Leaving Certificate Examination (including Day School Certificate (Higher) General paper), 1938
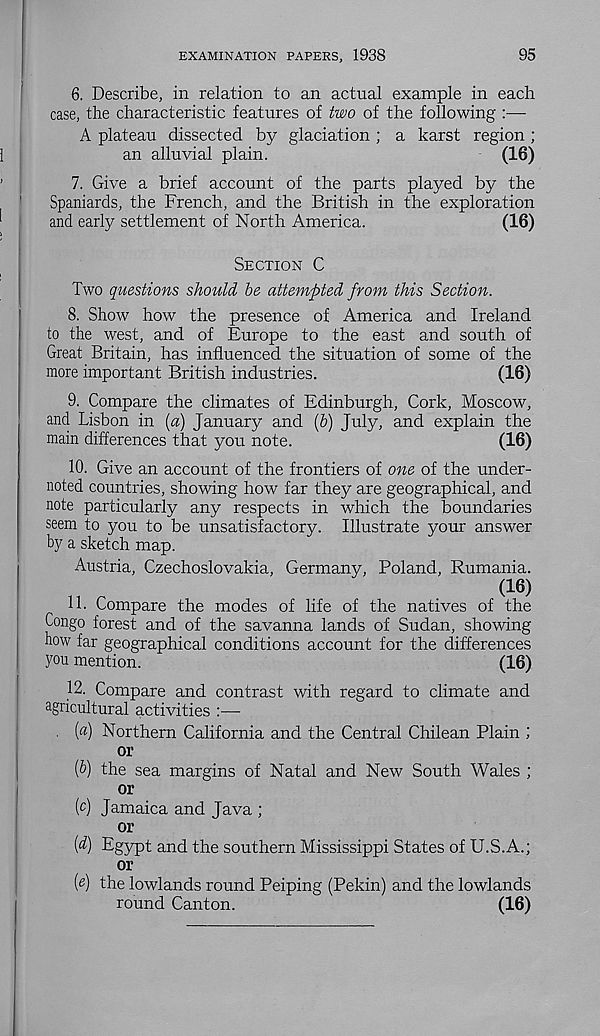
EXAMINATION PAPERS, 1938
95
6. Describe, in relation to an actual example in each
case, the characteristic features of two of the following :—
A plateau dissected by glaciation ; a karst region ;
an alluvial plain.
(16)
7. Give a brief account of the parts played by the
'
Spaniards, the French, and the British in the exploration
and early settlement of North America.
(16)
Section C
Two questions should be attempted from this Section.
8. Show how the presence of America and Ireland
to the west, and of Europe to the east and south of
Great Britain, has influenced the situation of some of the
more important British industries.
(16)
9. Compare the climates of Edinburgh, Cork, Moscow,
and Lisbon in [a) January and (&) July, and explain the
main differences that you note.
(16)
10. Give an account of the frontiers of one of the under-
noted countries, showing how far they are geographical, and
note particularly any respects in which the boundaries
seem to you to be unsatisfactory. Illustrate your answer
by a sketch map.
Austria, Czechoslovakia, Germany, Poland, Rumania.
„ ,
(16)
11. Compare the modes of life of the natives of the
Congo forest and of the savanna lands of Sudan, showing
how far geographical conditions account for the differences
you mention.
(16)
12. Compare and contrast with regard to climate and
agricultural activities :—
. (a) Northern California and the Central Chilean Plain ;
or
[b) the sea margins of Natal and New South Wales ;
or
[c) Jamaica and Java ;
or
[d) Egypt and the southern Mississippi States of U.S.A.;
or
(d) the lowlands round Peiping (Pekin) and the lowlands
round Canton.
(16)